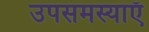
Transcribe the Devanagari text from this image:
उपसमस्याएँ